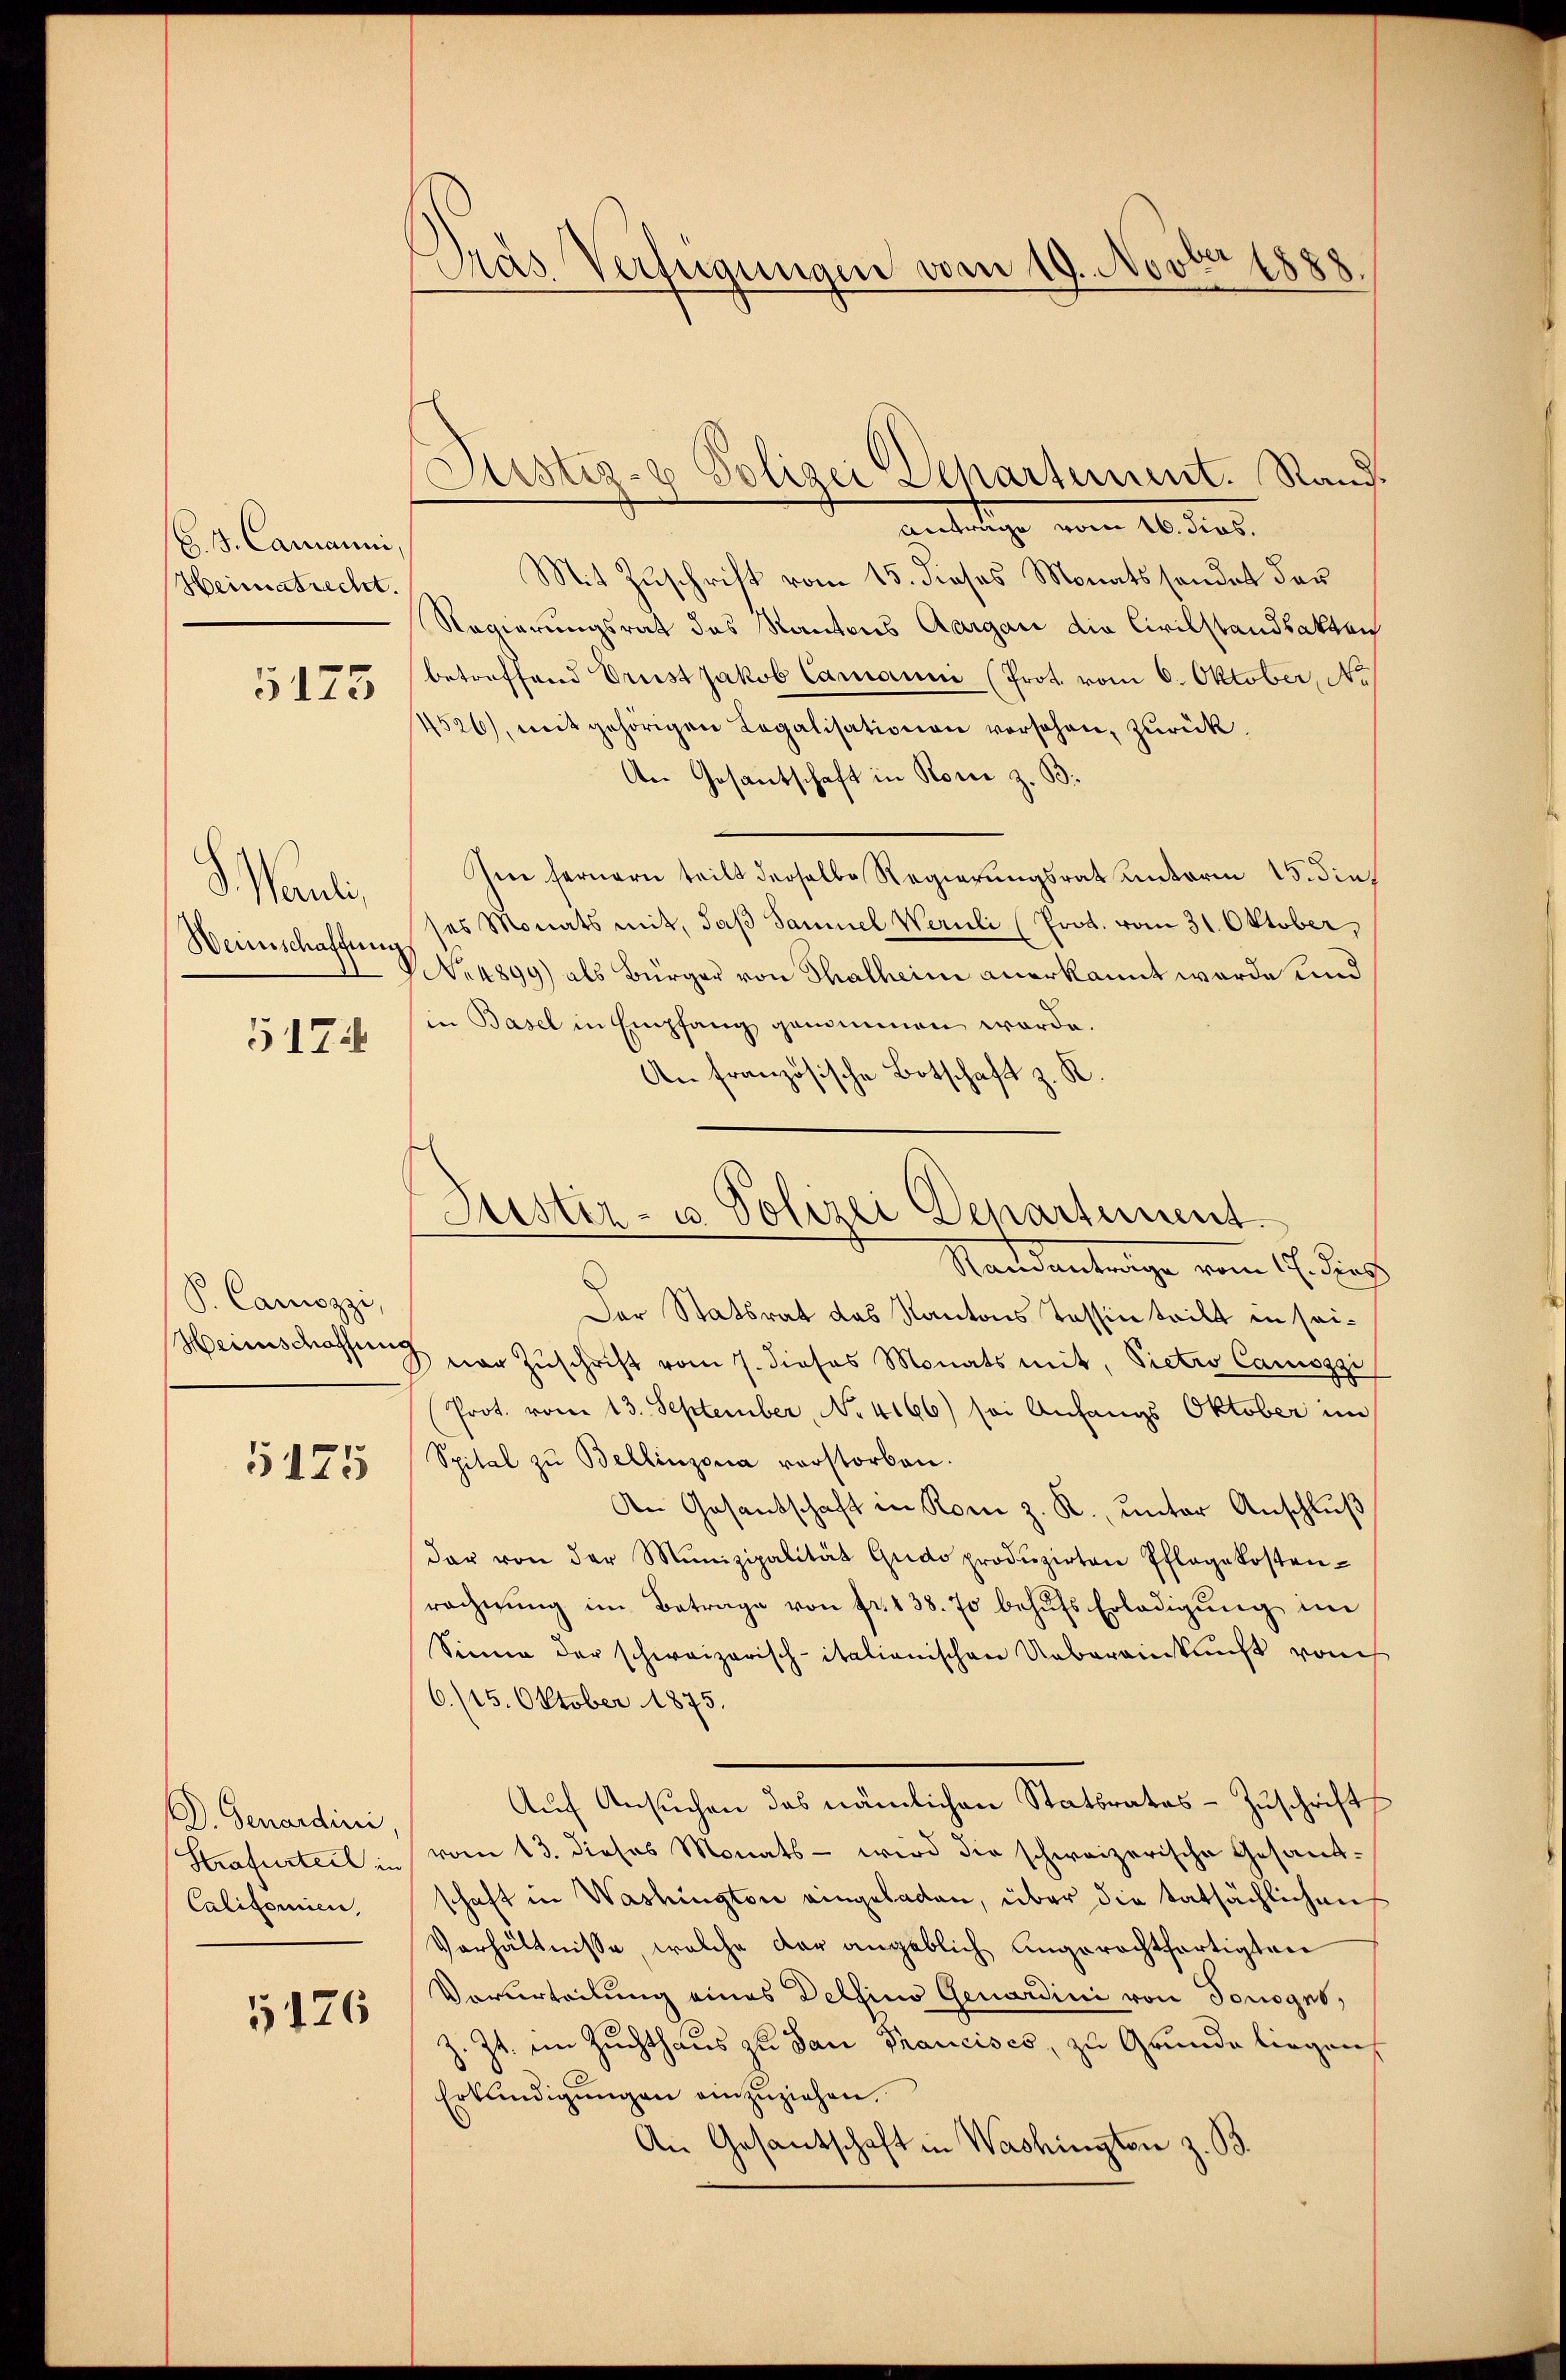
(6. 3. Cammanni,
Heimatrecht.
5175

Wand
Weinschaffung

5174

P. Camozzi,
Heinschatzung

5175

D. Genardini,
Strafurteil in
Calitorien,

5126

das Verfügungen vom 19. Novbr 1888.

Justiz- & Polizei Departement. Rand

Anträge vom 16. dies.
Mit Zuschrift vom 15. dieses Monats sonder der
Regierungsrat des Kantons Aargau die Civilstandsakten
betreffend Drust Jakob Camann (Prot. vom 6. Oktober, No
4526), mit gehörigen Legalisationen versehen, zurück.
An Gesantschaft in Rone z. B.
Im fernern teilt derselbe Regierungsrat unterm 15. dies
es Monats mit, daß Samuel Wernli (Prot. vom 31. Oktober,
No 4899) als Bürger von Thalheim anerkannt werde und
in Basel in Empfang genommen werde.
An französische Botschaft z. K
Standentenge vom 17. Das
Der Statsrat das Kantons Tessin teilt in seiner Zuschrift vom 7. dieses Monats mit, Pietro Camiszzi
(Prot. vom 13. September, No 4166) sei Anfangs Oktober im
Spital zŭ Bellinzona vorstorben.
An Gesandschaft in Rom z. R., unter Anschluß
dar von der Munizipalität Gudo produzirten Pflegekosten-
rechnung im Betrage von fr. 138. 70 behufs Erledigung im
Sinne der schweizerisch-italionischen Uebereinkunft vom
6./15. Oktober 1875.
Auf Ansuchen des nämlichen Statsrates Zuschrift
vom 13. dieses Monats - wird die schweizerische Gesandschaft in Washingten eingeladen, über die tatsächlichen
Verhältnisse, welche dar angeblich angerechtfertigten
Verurteilung eines Dellino Genardini von Tonogno,
z. Zt. im Zuchthaus zu San Francisco, zu Grunde liegen
Erkundigŭngen einzuziehen.
An Gesantschaft in Washington z. B.

Justiz- u. Polizei Departement.